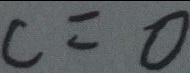
c = 0